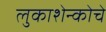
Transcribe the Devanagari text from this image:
लुकाशेन्कोचे